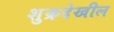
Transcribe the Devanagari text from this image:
शुक्रदेखील